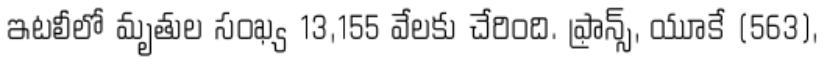
ఇటలీలో మృతుల సంఖ్య 13,155 వేలకు చేరింది. ఫ్రాన్స్, యూకే (563),